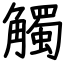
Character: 觸